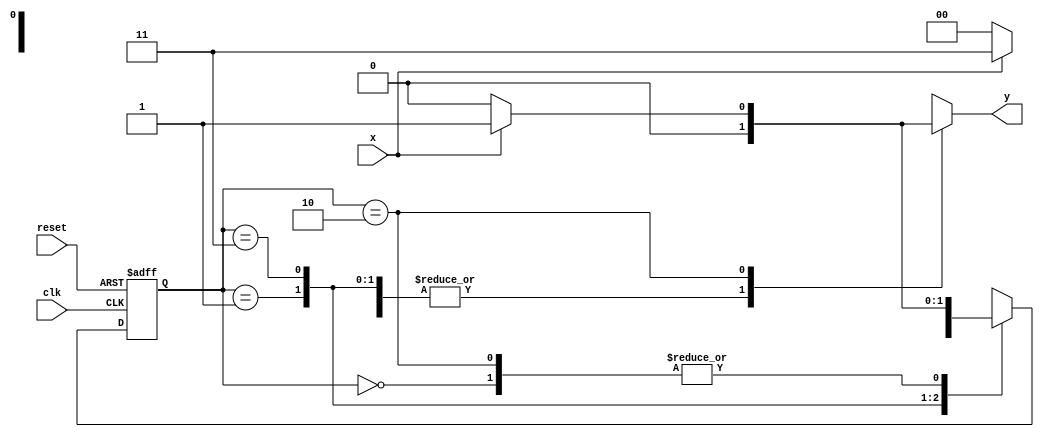
// -----------------------------------------
// - Guia 07 - Luis Vasconcelos Dias - 412753
// - Mealy1101.v
// - Cincia da Computao - 2Peodo
// ----------------------------------------- 

// --------------
// --- Mealy FSM
// --------------


// constant definitions
     `define found 1
     `define notfound 0

// FSM by Mealy
   
    module mealy1101 ( y, x, clk, reset );
	output y;
	input x;
	input clk;
	input reset;
	reg y;

   parameter // state identifiers
	start = 2'b00,
	  id1 = 2'b01,
	 id11 = 2'b11,
	id110 = 2'b10;
   reg [1:0] E1; // current state variables
    reg [1:0] E2; // next state logic output

// next state logic

	always @( x or E1 )
	  begin
	y = `notfound;
	  case ( E1 )
    start:
	if ( x )
	    E2 = id1;
	else
	    E2 = start;
	  id1:
	if ( x )
	    E2 = id11;
	else
	    E2 = start;
	    id11:
	if ( x )
	    E2 = id11;
	else
	    E2 = id110;
	  id110:
	if ( x )
	  begin
	    E2 = id1;
	    y = `found;
    end
	else

 	begin
	    E2 = start;
	    y = `notfound;
    end

	default: // undefined state
	
	    E2 = 2'bxx;
    endcase

    end // always at signal or state changing

// state variables

	always @( posedge clk or negedge reset )
     begin
	if ( reset )
	     E1 = E2; // updates current state
	else
	     E1 = 0; // reset

    end // always at signal changing

endmodule // mealy1101